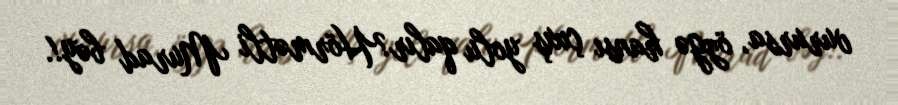
vurursa, özgə hansı çıxış yolu qalır?Hörmətli Murad bəy!.